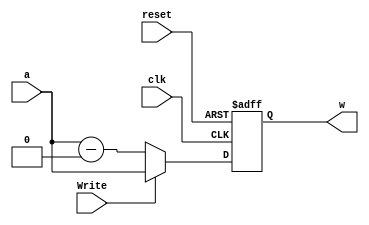
module PCRegister_with_control(a, clk, reset, Write, w);
  input [31:0] a;
  input clk, reset;
  input Write;
  output reg [31:0] w;
  wire four;
  assign four = 32'b00000000000000000000000000000100;
  
  always @(posedge clk, posedge reset)
  begin
    if(reset == 1'b1)
      w <= 32'b0;
    else if(Write == 1'b0)
      w <= a - four;
    else
      w <= a;
    end
endmodule